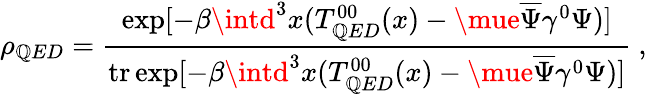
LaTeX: \rho_{\mathbb{Q}ED}=\frac{{\exp[-\beta\intd^{3}x(T_{\mathbb{Q}ED}^{00}(x)-\mue\overline{{{{\Psi}}}}\gamma^{0}\Psi)]}}{{{\mathrm{{tr}}}\exp[-\beta\intd^{3}x(T_{\mathbb{Q}ED}^{00}(x)-\mue\overline{{{{\Psi}}}}\gamma^{0}\Psi)]}}\ ,